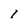
Character: l